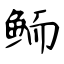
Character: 鲕